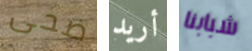
ضحى أريد شبابنا